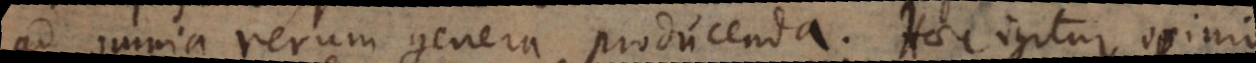
ad omnia rerum genera producenda. Haec igitur opinio